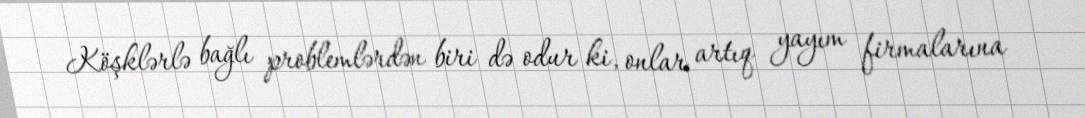
Köşklərlə bağlı problemlərdən biri də odur ki, onlar artıq yayım firmalarına